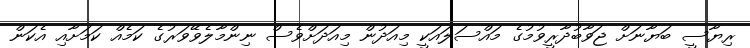
ރިޔާސީ ބަޔާނަށް ޖަވާބުދާރީވުމުގެ މައްސަލައަކީ މިއަދުން މިއަދަށްވެސް ނިންމާލެވޭވަރުގެ ކަމެއް ކަމަށާއި އެކަން